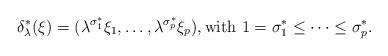
LaTeX: \begin{align*} \delta^*_\lambda(\xi)=(\lambda^{\sigma^*_1}\xi_1,\ldots,\lambda^{\sigma^*_p}\xi_p), \text{with $1=\sigma^*_1\leq\cdots\leq\sigma^*_p$.} \end{align*}